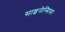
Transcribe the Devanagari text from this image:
साइनेन्सिस।